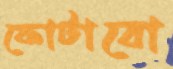
ফোটাবো